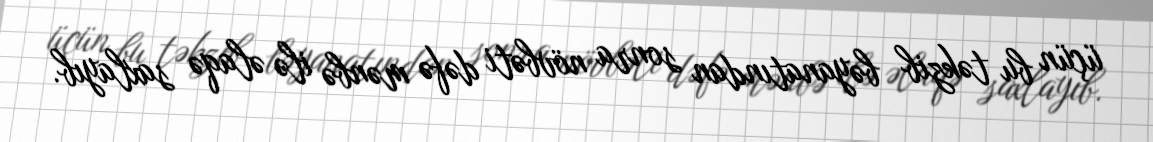
üçün bu təkzib bəyanatından sonra növbəti dəfə mənbə ilə əlaqə saxlayıb.